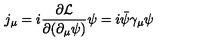
j _ { \mu } = i { \frac { \partial { \cal L } } { \partial ( \partial _ { \mu } \psi ) } } \psi = i \bar { \psi } \gamma _ { \mu } \psi